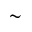
\sim